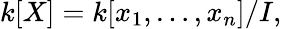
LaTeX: k[X]=k[x_{1},\dots,x_{n}]/I,